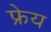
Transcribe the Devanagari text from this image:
फ्रेय